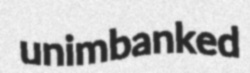
unimbanked